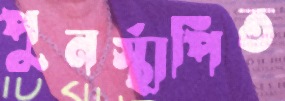
পুনর্স্থাপিত